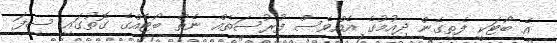
އެ ބޯޓަކީ ފެތިގެން ދިއުމުގެ އެއްވެސް ފުރުސަތެއް ނެތް ބޯޓެއްގެ ގޮތުގައި ސިފަ